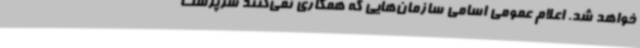
خواهد شد. اعلام عمومی اسامی سازمان‌هایی که همکاری نمی‌کنند سرپرست